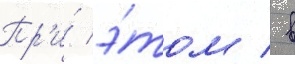
Пр'и́ э́том / в